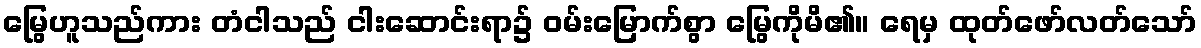
မြွေဟူသည်ကား တံငါသည် ငါးဆောင်းရာ၌ ဝမ်းမြောက်စွာ မြွေကိုမိ၏။ ရေမှ ထုတ်ဖော်လတ်သော်